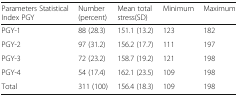
<table><thead><tr><td><b>Parameters Statistical Index PGY</b></td><td><b>Number (percent)</b></td><td><b>Mean total stress(SD)</b></td><td><b>Minimum</b></td><td><b>Maximum</b></td></tr></thead><tbody><tr><td>PGY-1</td><td>88 (28.3)</td><td>151.1 (13.2)</td><td>123</td><td>182</td></tr><tr><td>PGY-2</td><td>97 (31.2)</td><td>156.2 (17.7)</td><td>111</td><td>197</td></tr><tr><td>PGY-3</td><td>72 (23.2)</td><td>158.7 (19.2)</td><td>121</td><td>198</td></tr><tr><td>PGY-4</td><td>54 (17.4)</td><td>162.1 (23.5)</td><td>109</td><td>198</td></tr><tr><td>Total</td><td>311 (100)</td><td>156.4 (18.3)</td><td>109</td><td>198</td></tr></tbody></table>